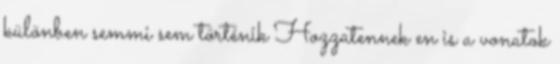
különben semmi sem történik Hozzatennek en is a vonatok